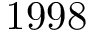
1 9 9 8